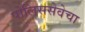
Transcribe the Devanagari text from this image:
पोलिससेवेचा